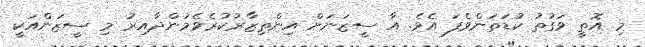
މި އޮތީ ވަގުތު ކުޑަތަންވެފަ އެވެ. އާ ސީޒަނަށް އިންތިޒާރުކުރެވެމުންދާއިރު މި ސީޒަންއަކީ